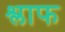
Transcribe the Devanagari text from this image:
श्लाफ